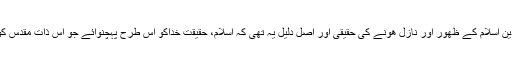
یہ کہا جاسکتا ھے کہ دین اسلام کے ظھور اور نازل ھونے کی حقیقی اور اصل دلیل یہ تھی کہ اسلام، حقیقت خداکو اس طرح پہچنوائے جو اس ذات مقدس کو پھچنوانے کا حق ھے۔